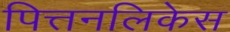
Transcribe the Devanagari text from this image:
पित्तनलिकेस